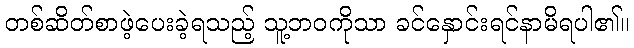
တစ်ဆိတ်စာဖဲ့ပေးခဲ့ရသည့် သူ့ဘဝကိုသာ ခင်နှောင်းရင်နာမိရပါ၏။